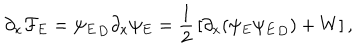
\partial _ { x } { \cal F } _ { E } = { \psi _ { E } } _ { D } \partial _ { x } \psi _ { E } = { \frac { 1 } { 2 } } \left[ \partial _ { x } ( \psi _ { E } { \psi _ { E } } _ { D } ) + W \right] ,